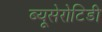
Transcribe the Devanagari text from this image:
ब्यूसेरोटिडी